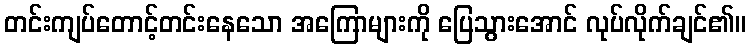
တင်းကျပ်တောင့်တင်းနေသော အကြောများကို ပြေသွားအောင် လုပ်လိုက်ချင်၏။